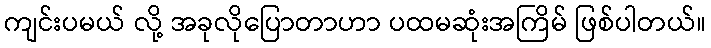
ကျင်းပမယ် လို့ အခုလိုပြောတာဟာ ပထမဆုံးအကြိမ် ဖြစ်ပါတယ်။